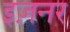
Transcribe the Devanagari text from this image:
इज़नर